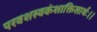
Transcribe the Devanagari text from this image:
परवशस्वकंशाक्तिसार्थः।।